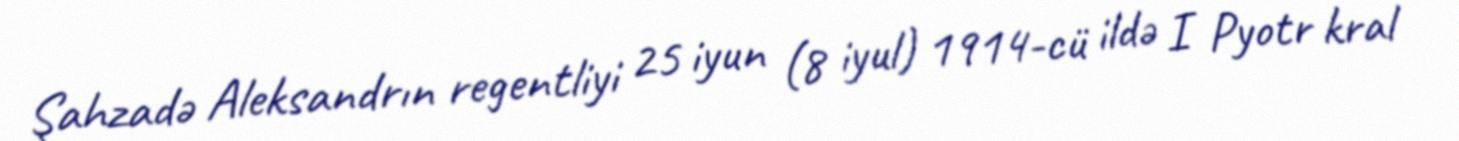
Şahzadə Aleksandrın regentliyi 25 iyun (8 iyul) 1914-cü ildə I Pyotr kral